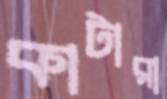
কাটারা